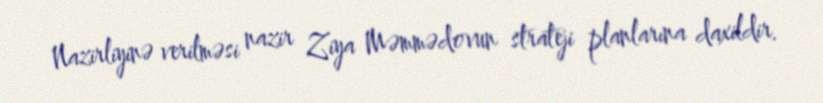
Nazirliyinə verilməsi nazir Ziya Məmmədovun strateji planlarına daxildir.